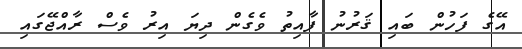
އޭގެ ފަހުން ބައި ޤަރުނު ފާއިތު ވެގެން ދިޔަ އިރު ވެސް ރާއްޖޭގައި